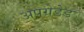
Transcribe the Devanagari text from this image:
अपग्रेडेड